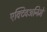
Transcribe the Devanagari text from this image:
एक्टिवअनिमे